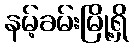
နမ့်ခမ်းမြို့ရှိ